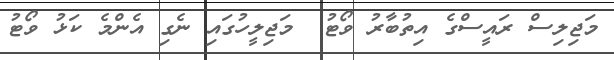
މަޖިލިސް ރައީސްގެ އިތުބާރު ވޯޓު  މަޖިލީހުގައި ނެގި އެންމެ ކަޅު ވޯޓު